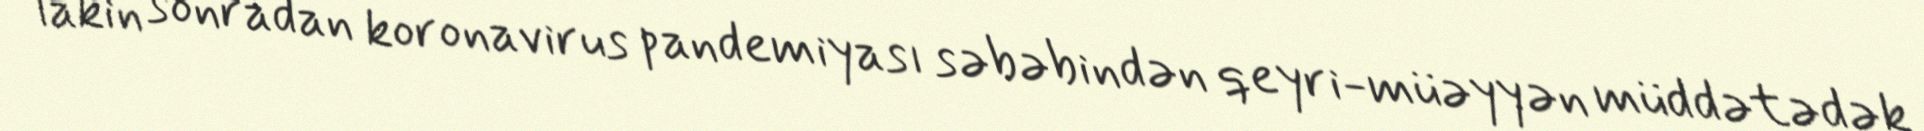
lakin sonradan koronavirus pandemiyası səbəbindən qeyri-müəyyən müddətədək